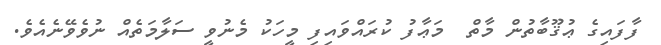
ފާފައިގެ ޢުޤޫބާތުން މާތް  މަޢާފު ކުރައްވައިފި މީހަކު މެނުވީ ސަލާމަތެއް ނުވެވޭނެއެވެ.